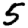
Digit: 5